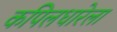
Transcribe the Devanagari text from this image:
कपिलधारेला